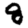
Digit: 8